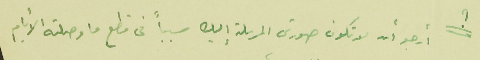
؟  أرجو أن لا تكون صورتى المرسلة إليك سبباً فى قطع ما وصلته الأيام